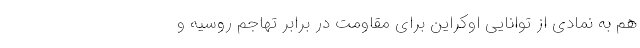
هم به نمادی از توانایی اوکراین برای مقاومت در برابر تهاجم روسیه و